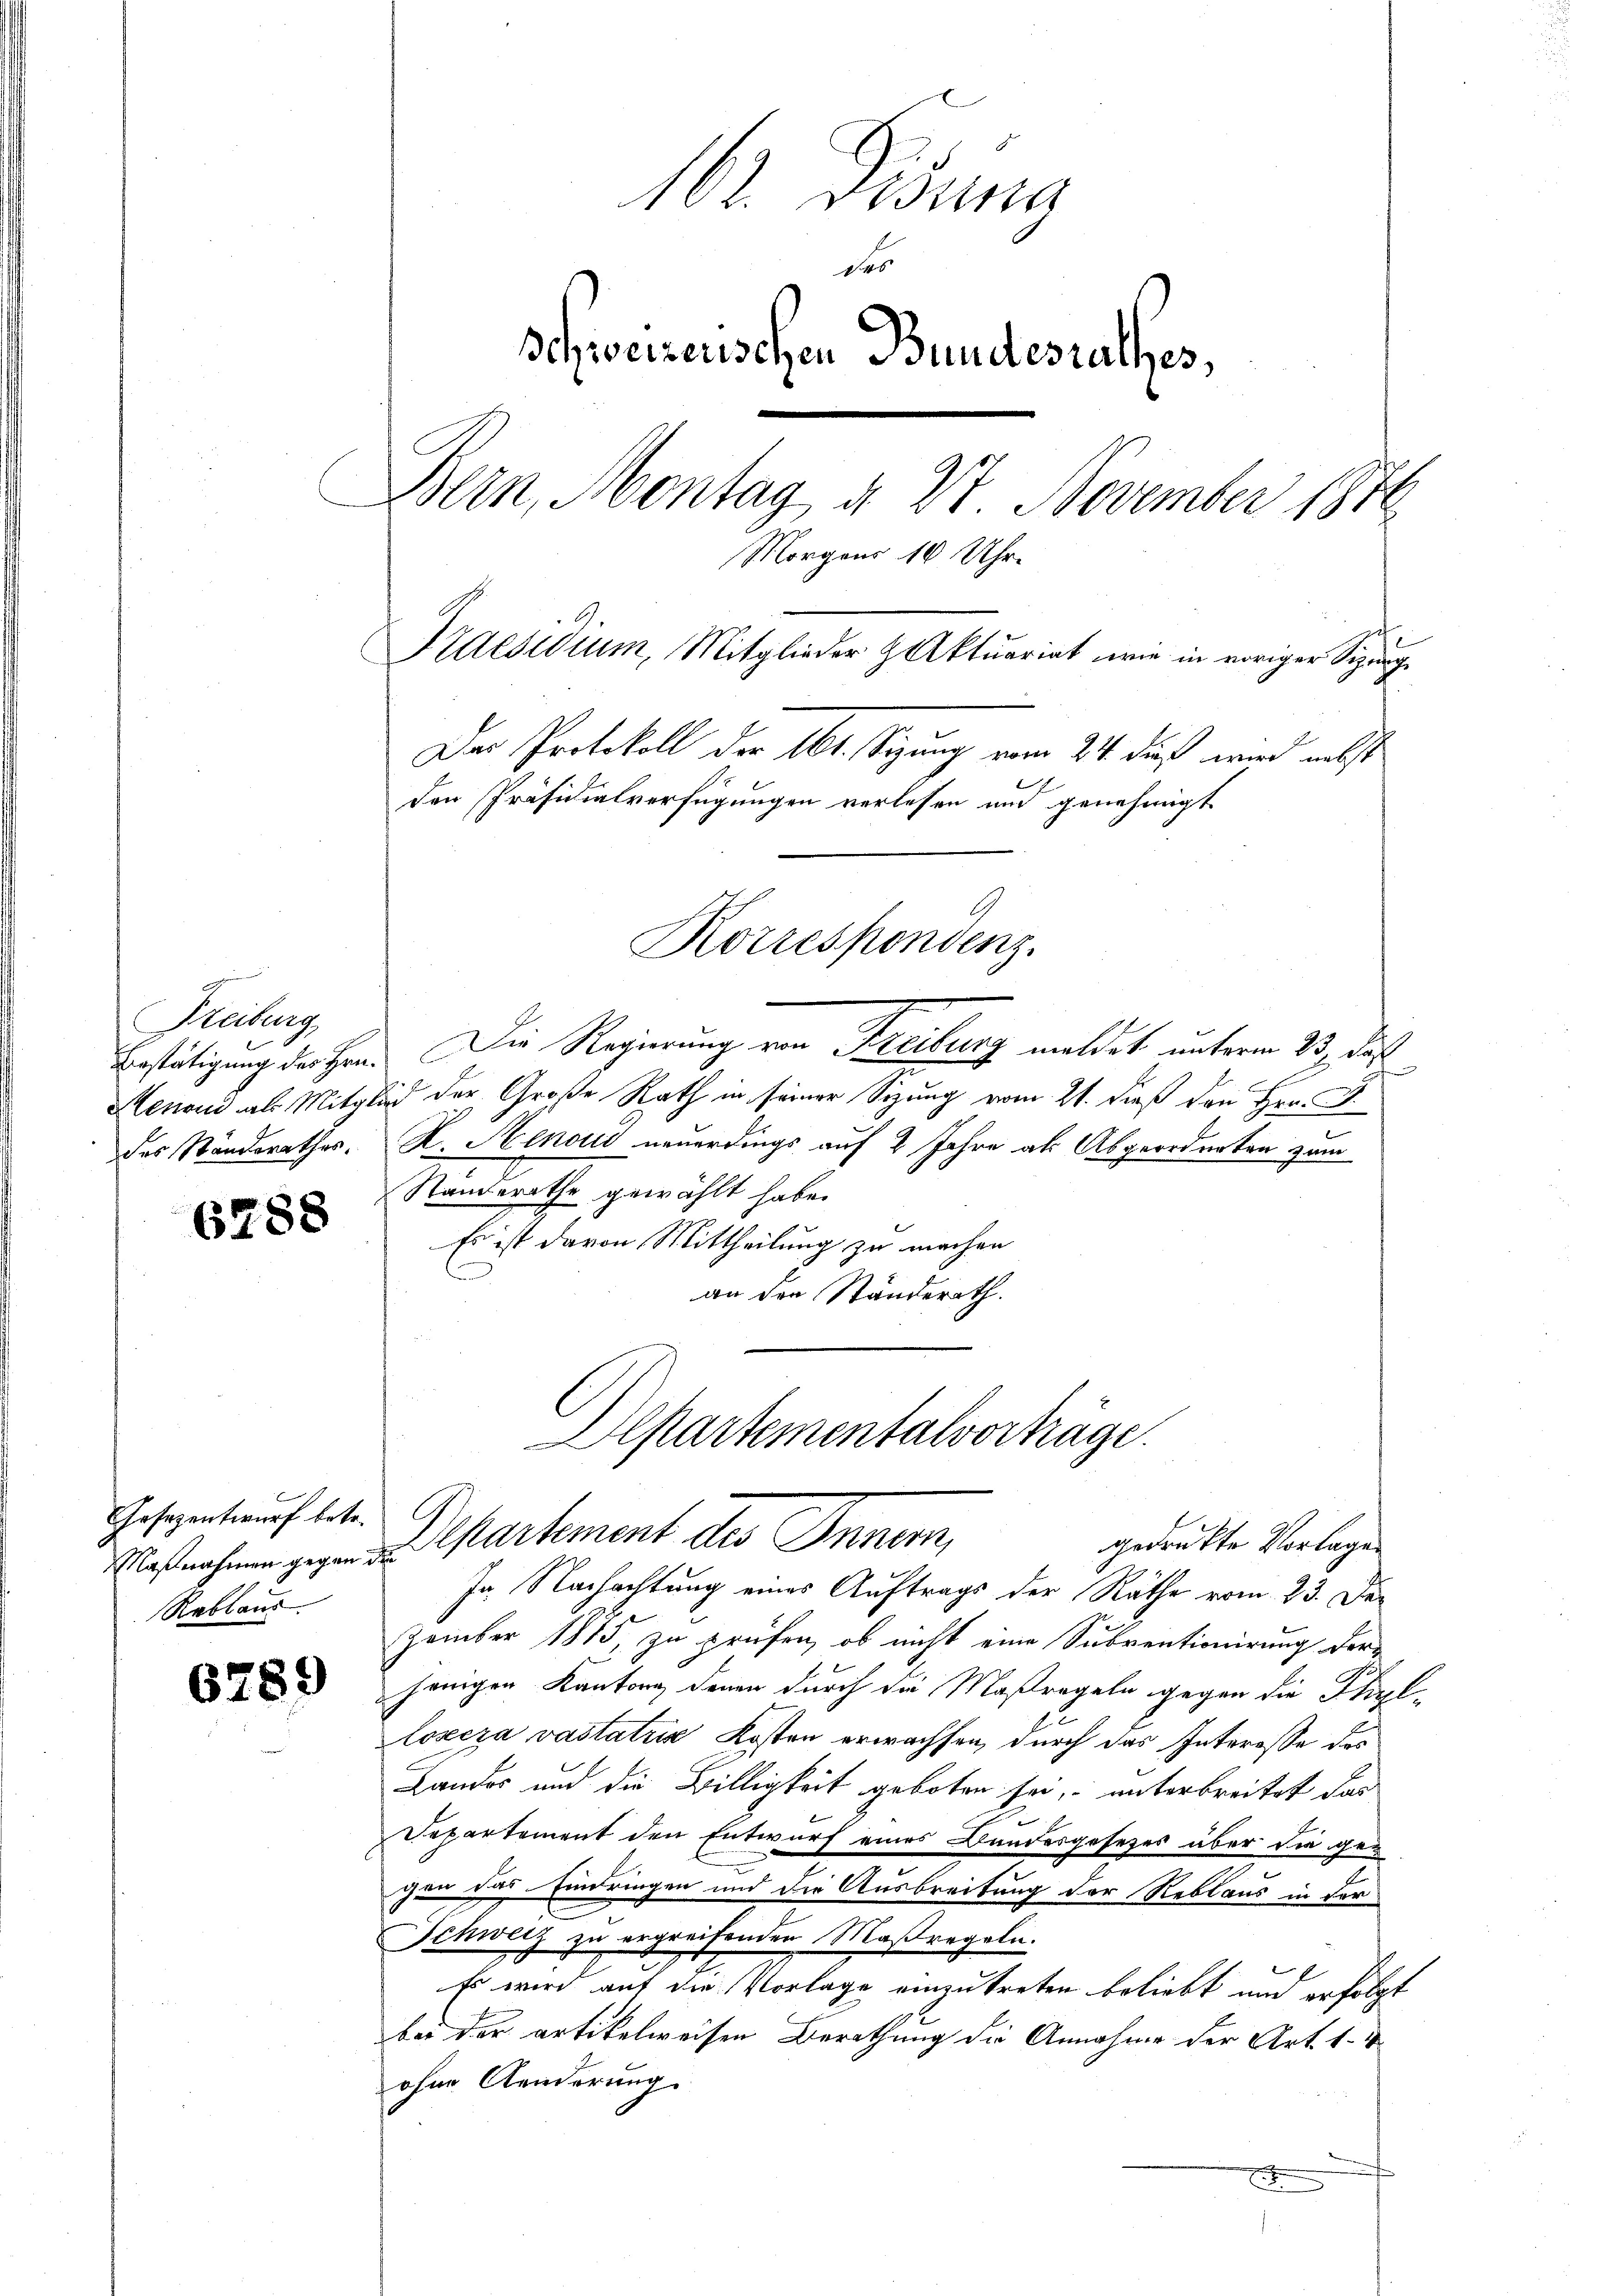
Treiburg,
Bestätigung des Hrn.
Henoud als Mitge
des Standerathes.

6288

Gesezentwurf betr.
Maßnahmen gegen
Rablaus

6789

162. Desina
des
Schweizerischen Bundesrathes,
Bern, Montag d. 27. November 1876
Morgens 10 Uhr-
Praesidium, Mitglieder & Aktuariat wie in voriger Sitzung
Der Protokoll der 161. Sigung vom 24. dieß wird nebst
den Präsidialverfügungen verlesen und genehmigt
Korrespondenz.

Die Regierung von Freilung meldet unterm 23. das
ind der Große Rath in seiner Sitzung vom 21. dieß den Hrn. F.
X. Menoud neuerdings auf 2 Jahre als Abgeordneten zum
Standerathe gewählt habe,
Es ist davon Mittheilung zu machen
an den Ständerath.
Alpartementalvorträge.
Departement des Innen,
gedrukte Vorlagen
Jn Nachachtung eines Auftrags der Räthe vom 23. Dezember 1875, zu prüfen, ob nicht eine Subventionirung der
jenigen Kanton denen durch die Maßregeln gegen die Phil-
Loxera vastatria Kosten erwachsen, durch das Interesse des
Lander und die Billigkeit geboten sei, unterbreitet das
Departement den Entwurf eines Bundesgesetzes über die gecen das Eindringen und die Ausbreitung der Reblaus in der
e
Schweiz zu ergreifenden Maßregeln.
Es wird auf die Vorlage einzutreten beliebt und erfolgt
bei der artikelweisen Berathung die Annahme der Art. 1.
ohne Aenderung.